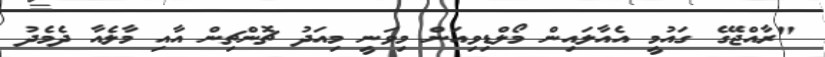
"ރާއްޖޭގެ ގައުމީ އެއާލައިން މޯލްޑިވިއަން މިވަނީ މިއަދު ޗޮންޗިން އާއި މާލެއާ ދެމެދު